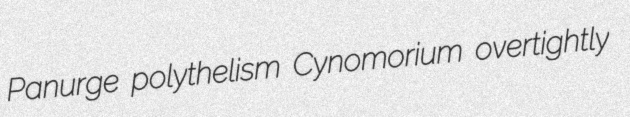
Panurge polythelism Cynomorium overtightly